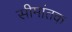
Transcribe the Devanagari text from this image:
सीमांतक